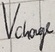
Text: Vcharge